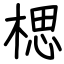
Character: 楒